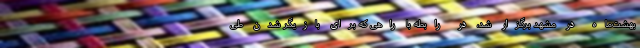
بهشت‌ماه در مشهد برگزار شد، در رابطه با راهی که برای بازیگر شدن طی